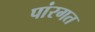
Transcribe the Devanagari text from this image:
पांरगत